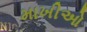
માખીઓ